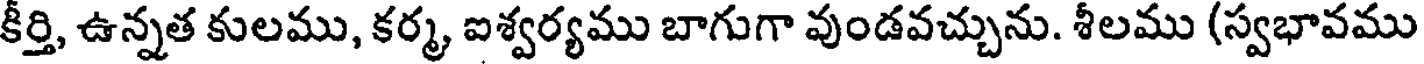
కీర్తి, ఉన్నత కులము, కర్మ, ఐశ్వర్యము బాగుగా వుండవచ్చును. శీలము (స్వభావము